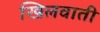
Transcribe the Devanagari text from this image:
खिलवाती